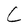
Character: C